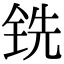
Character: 铣